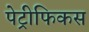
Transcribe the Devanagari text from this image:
पेट्रीफिकस